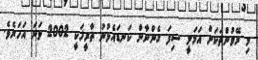
މި ރޭވުންތަކަށް އަމަލީ ސިފަ ގެންނާން ކަނޑައެޅުނު ތާރީޚަކީ 2002 ވަނަ އަހަރެވެ.